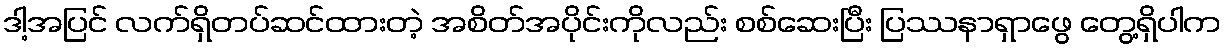
ဒါ့အပြင် လက်ရှိတပ်ဆင်ထားတဲ့ အစိတ်အပိုင်းကိုလည်း စစ်ဆေးပြီး ပြဿနာရှာဖွေ တွေ့ရှိပါက